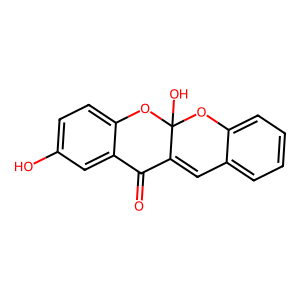
SMILES: O=C1C2=Cc3ccccc3OC2(O)Oc2ccc(O)cc21
Inhibits HIV replication: No